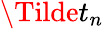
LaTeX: \Tilde{t}_{n}